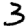
Digit: 3